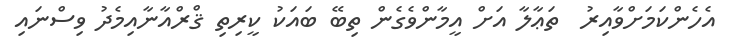
އެހެންކަމަށްވާއިރު  ތަޢާލާ އަށް އީމާންވެގެން ތިބޭ ބައަކު ކީރިތި ޤްރްއާނާއިމެދު ވިސްނައި